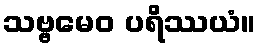
သဗ္ဗမေဝ ပရိဿယံ။